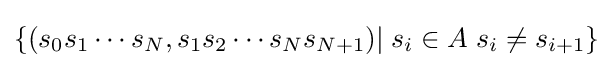
\{(s_{0}s_{1}\cdots s_{N},s_{1}s_{2}\cdots s_{N}s_{N+1})|\;s_{i}\in A\;s_{i}\neq s_{i+1}\}